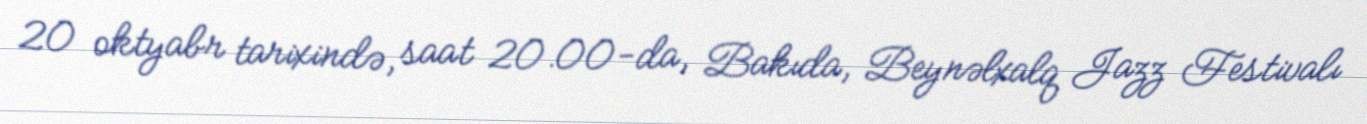
20 oktyabr tarixində, saat 20.00-da, Bakıda, Beynəlxalq Jazz Festivalı